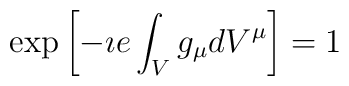
\exp\left[-\imath e\int_{V}g_{\mu}dV^{\mu}\right]=1